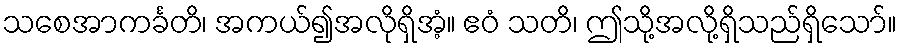
သစေအာကင်္ခတိ၊ အကယ်၍အလိုရှိအံ့။ ဧဝံ သတိ၊ ဤသို့အလို့ရှိသည်ရှိသော်။